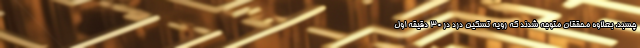
چسبد. بعلاوه محققان متوجه شدند که رویه تسکین درد در ۳۰ دقیقه اول